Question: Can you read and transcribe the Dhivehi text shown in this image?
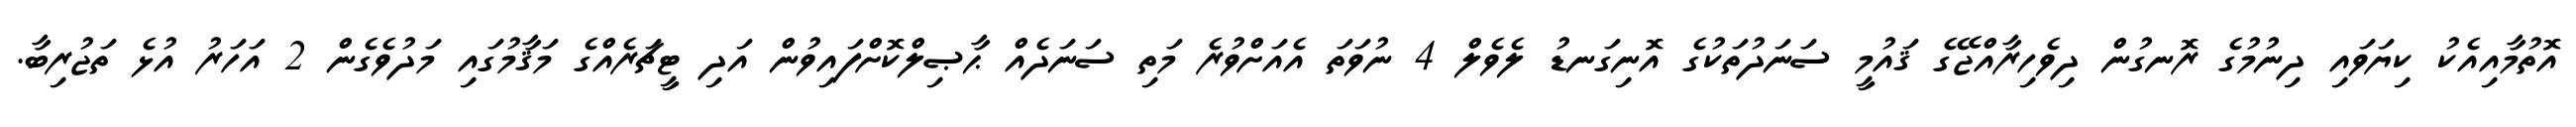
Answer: އޮތުމާއިއެކު ކިޔަވައި ދިނުމުގެ ރޮނގުން ދިވެހިރާއްޖޭގެ ޤައުމީ ސަނަދުތަކުގެ އޮނިގަނޑު ލެވެލް 4 ނުވަތަ އެއަށްވުރެ މަތި ސަނަދެއް ޙާޞިލްކޮށްފައިވުން އަދި ޓީޗަރެއްގެ މަޤާމުގައި މަދުވެގެން 2 އަހަރު އުޅެ ތަޖުރިބާ.